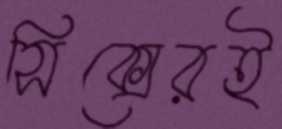
সিক্সেরই